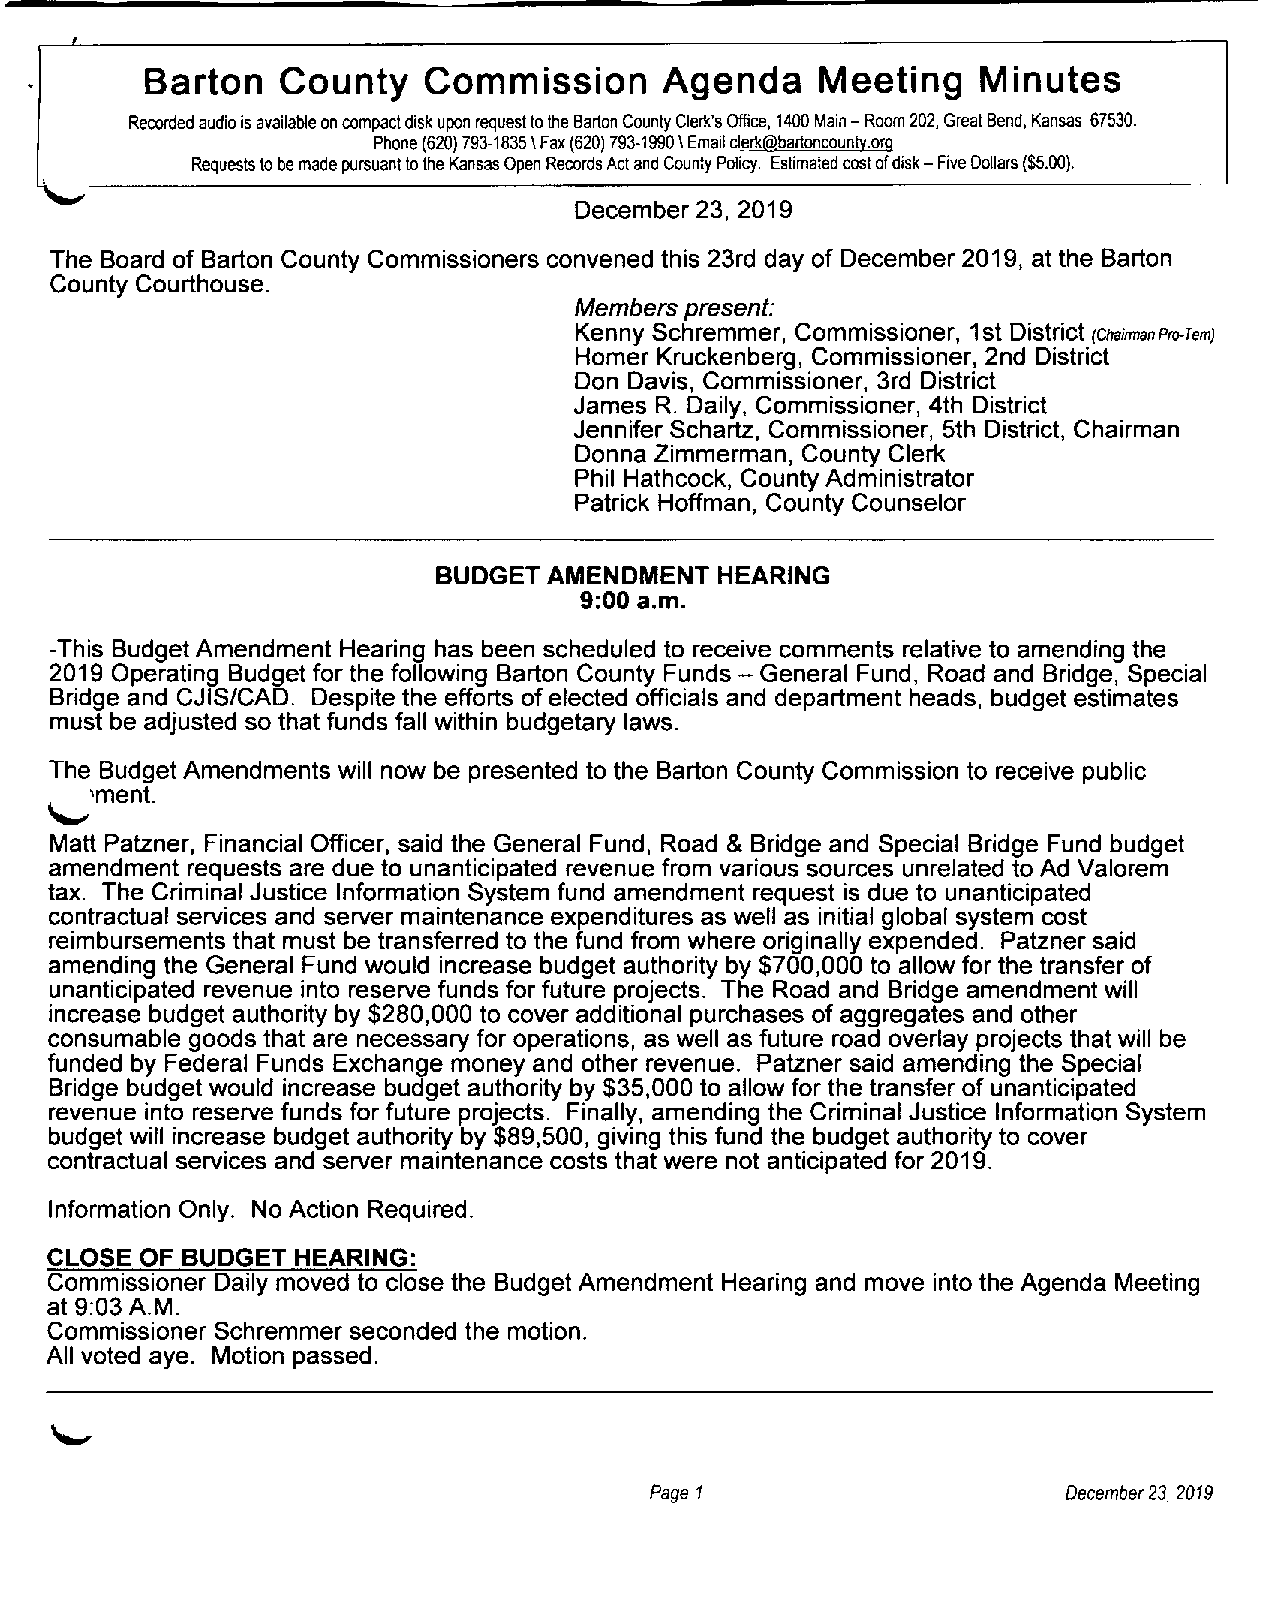
Barton   County   Commission      Agenda    Meeting    Minutes
 Recorded audio isavailable oncompact disk upon request tothe Barton County Clerk's Office, 1400 Main - Room 202, Great Bend, Kansas 67530.
 Phone (620) 793-1835 \Fax (620) 793-1990 \Email c1erk@bartoncounty.or9
 Requests tobe made pursuant tothe Kansas Open Records Act and County Policy. Estimated cost ofdisk - Five Dollars ($5.00).
 December 23,2019
 The Board of Barton County Commissioners convened this 23rd day of December 2019, at the Barton
 County Courthouse.
 Members present:
 Kenny Schremmer, Commissioner, 1st District
 (ChainnanPro-Tem)
 Homer Kruckenberg, Commissioner, 2nd District
 Don Davis, Commissioner, 3rd District
 James R. Daily, Commissioner, 4th District
 Jennifer Schartz, Commissioner, 5th District, Chairman
 Donna Zimmerman, County Clerk
 Phil Hathcock, County Administrator
 Patrick Hoffman, County Counselor
 BUDGET AMENDMENT   HEARING
 9:00 a.m.
 -This Budget Amendment Hearing has been scheduled to receive comments relative to amending the
 2019 Operating Budget for the following Barton County Funds - General Fund, Road and Bridge, Special
 Bridge and CJIS/CAD. Despite the efforts of elected officials and department heads, budget estimates
 must be adjusted so that funds fall within budgetary laws.
 The Budget Amendments will now be presented to the Barton County Commission to receive public
 ,,-'ment.
 Matt Patzner, Financial Officer, said the General Fund, Road & Bridge and Special Bridge Fund budget
 amendment requests are due to unanticipated revenue from various sources unrelated to Ad Valorem
 tax. The Criminal Justice Information System fund amendment request is due to unanticipated
 contractual services and server maintenance expenditures as well as initial global system cost
 reimbursements that must be transferred to the fund from where originally expended. Patzner said
 amending the General Fund would increase budget authority by $700,000 to allow for the transfer of
 unanticipated revenue into reserve funds for future projects. The Road and Bridge amendment will
 increase budget authority by $280,000 to cover additional purchases of aggregates and other
 consumable goods that are necessary for operations, as well as future road overlay projects that will be
 funded by Federal Funds Exchange money and other revenue. Patzner said amending the Special
 Bridge budget would increase budget authority by $35,000 to allow for the transfer of unanticipated
 revenue into reserve funds for future projects. Finally, amending the Criminal Justice Information System
 budget will increase budget authority by $89,500, giving this fund the budget authority to cover
 contractual services and server maintenance costs that were not anticipated for 2019.
 Information Only. No Action Required.
 CLOSE OF BUDGET  HEARING:
 Commissioner Daily moved to close the Budget Amendment Hearing and move into the Agenda Meeting
 at 9:03 A.M.
 Commissioner Schremmer seconded the motion.
 All voted aye. Motion passed.
 Page 1                      December 23, 2019